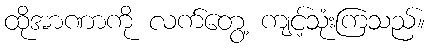
ထိုအာဏာကို လက်တွေ့ ကျင့်သုံးကြသည်။